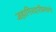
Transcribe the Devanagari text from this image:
जहागिरदारीप्रमाणे